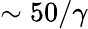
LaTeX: \sim 50/\gamma